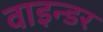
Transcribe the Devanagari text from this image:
वाइन्डर